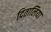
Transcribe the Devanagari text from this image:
दितालिया